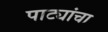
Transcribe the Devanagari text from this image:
पाट्यांचा